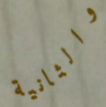
والثانية